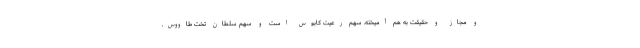
و مجاز و حقیقت به هم آمیخته. سهم رعیت کابوس است و سهم سلطان تخت طاووس.